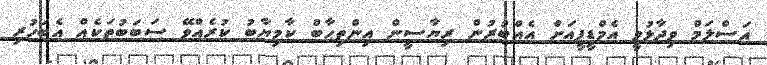
އަސްލަމް ވިދާޅުވީ އެމްޑީޕީއަށް އެއްބުރުން ރިޔާސީން އިންތިޙާބް ކާމިޔާބު ކުރެއްވޭ ސަބަބުތަކެއް އެބަހުރި